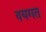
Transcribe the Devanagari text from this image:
वयगत